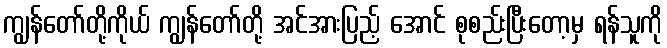
ကျွန်တော်တို့ကိုယ် ကျွန်တော်တို့ အင်အားပြည့် အောင် စုစည်းပြီးတော့မှ ရန်သူကို